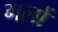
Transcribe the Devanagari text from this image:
गलों